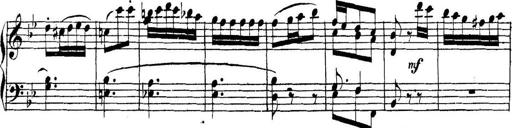
Title: Collected Piano Sonatas
Composer: Muzio Clementi